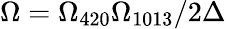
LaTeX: \Omega=\Omega_{420}\Omega_{1013}/2\Delta